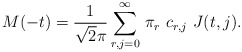
\begin{align*}M(-t)=\frac{1}{\sqrt 2\pi}\sum_{r,j=0}^\infty \,\pi_r\,\,c_{r,j}\,\,J(t,j).\end{align*}